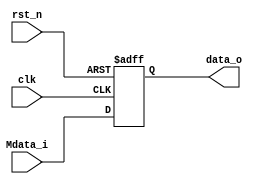
module MDR(
  input clk,
  input rst_n,
  input [31:0] Mdata_i,//Regfile Read-data1
  
  output [31:0] data_o
  );
  reg [31:0] MDR;
  always@(posedge clk or negedge rst_n)
  begin
    if (!rst_n)
      MDR <= 32'h0;
    else
      MDR <= Mdata_i;
  end
  assign data_o = MDR;
endmodule